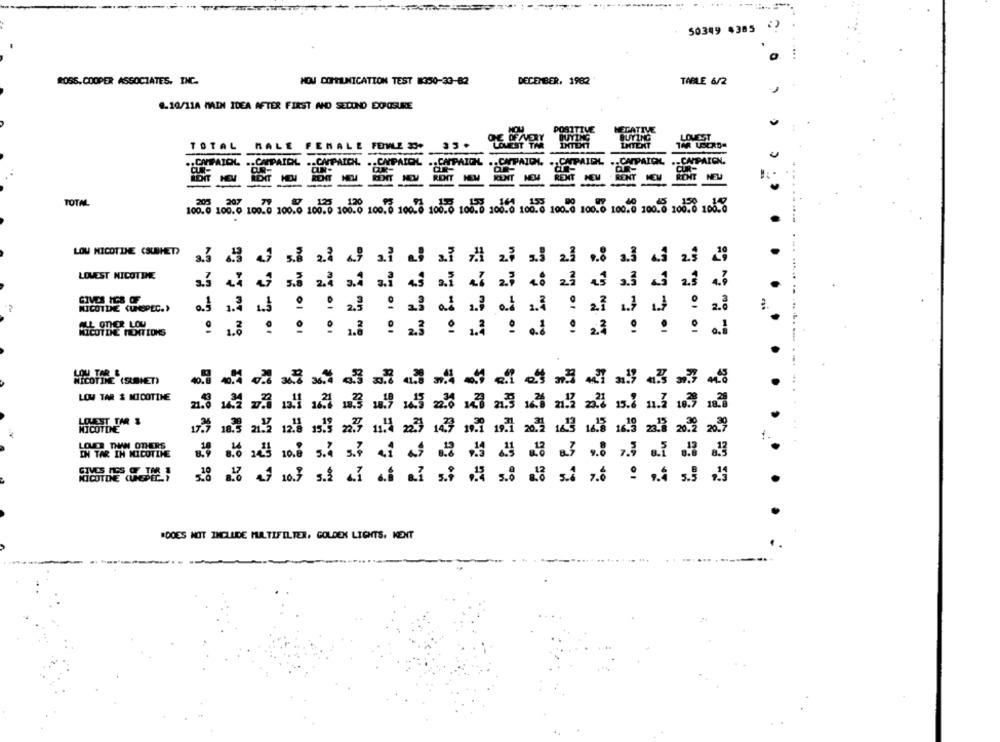
--
-
50349 4385 ()
ROSS. COOPER ASSOCIATES, INC.
NOV COMMUNICATION TEST #350-33-82
DECEMBER, 1982
TABLE 6/2
8.10/11A MAIN IDEA AFTER FIRST AND SECOND DOUSURE
ITIVE
NEGATIVE
BUYING
YING
BUYING
LOUEST
TOTAL
MALE FEMALE FENE D.
INTET
INTENT
TAR USERDE
.. CAMPAIOL,
.. CAMPAICH
.. CAMPAICH. .. CAMPAICH
.. CAPAID
PAIDL
.. CAMPAIGN,
._ CAMPAIGN.
CUR-
CAPAIOL
CUR-
BOIT HEV
REMT
RENT
KENT
NEW
RENT HEM
RENT
RENT
205 207
125
135
155
150
TOTAL
100.0 100.0 100.0 100.0 100.0 100.0 100.0 100.0 100.0 100.0 100.0 100.0 100.0 100.0 100.0 100.0 100.0 100.0
120
LOW NICOTINE CSLEHET?
10 Pm =
LOWEST NICOTINE
2.3
10 01
2.0
UTDE FREMTIDIG
HECOTIME (SUBNET)
LOW TAR & NICOTINE
1.3
CHEST THR &
17.9 18.3 21:3 12:8 15:3 2237 11: 223 149 1929 19.1 20-3 1623 16:3 16.9 23.3 20.9 20.9
LOWER THAN OTHERS
ON TAR IN NICOTINE
328 20 3 10.7 5.2. 4.1
5.8
7.6
.DOES NOT INCLUDE MULTIFILTER, GOLDEN LIGHTS, KENT